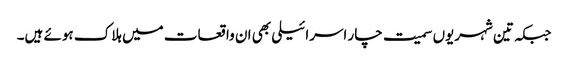
جبکہ تین شہریوں سمیت چار اسرائیلی بھی ان واقعات میں ہلاک ہوئے ہیں۔